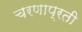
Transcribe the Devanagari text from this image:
चरणाप्रती